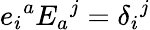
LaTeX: e_{i}{}^{a}E_{a}{}^{j}=\delta_{i}{}^{j}